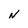
Character: N